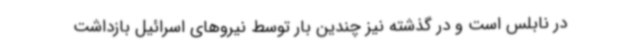
در نابلس است و در گذشته نیز چندین بار توسط نیروهای اسرائیل بازداشت